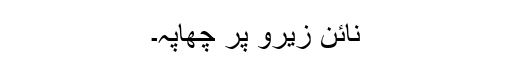
نائن زیرو پر چھاپہ۔